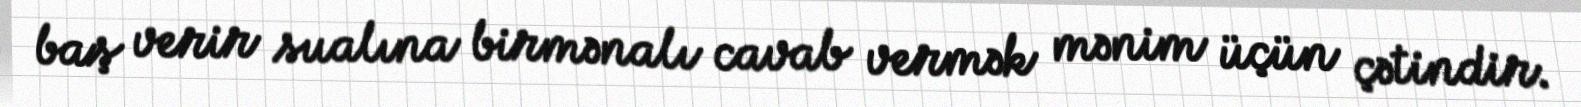
baş verir sualına birmənalı cavab vermək mənim üçün çətindir.